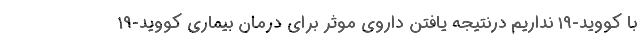
با کووید-۱۹ نداریم درنتیجه یافتن داروی موثر برای درمان بیماری کووید-۱۹